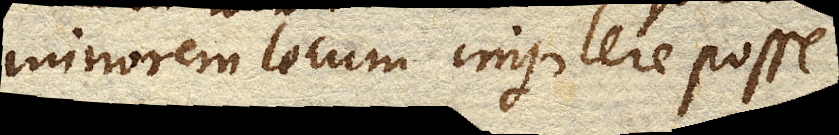
minorem locum implere posse